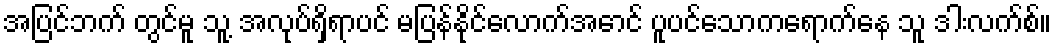
အပြင်ဘက် တွင်မူ သူ့ အလုပ်ရှိရာပင် မပြန်နိုင်လောက်အောင် ပူပင်သောကရောက်နေ သူ ဒါးလက်စ်။